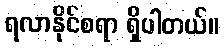
ရလာနိုင်စရာ ရှိပါတယ်။